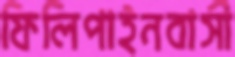
ফিলিপাইনবাসী